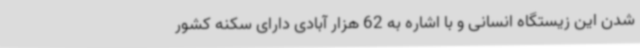
شدن این زیستگاه انسانی و با اشاره به 62 هزار آبادی دارای سکنه کشور